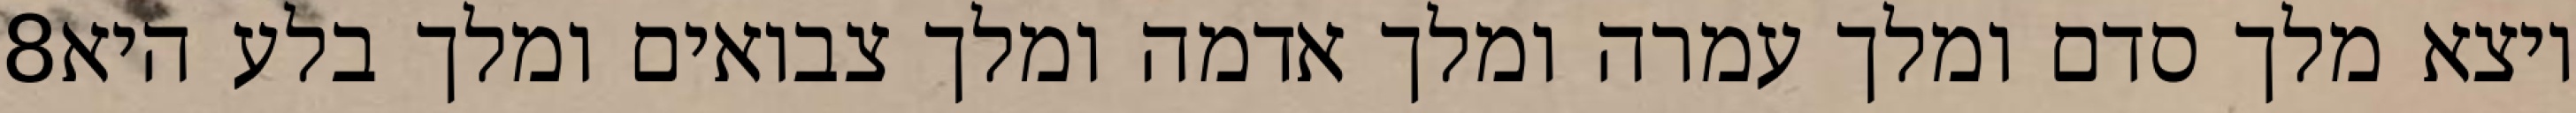
‎8‏ ויצא מלך סדם ומלך עמרה ומלך אדמה ומלך צבואים ומלך בלע היא